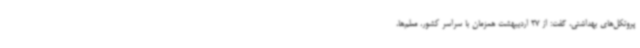
پروتکل‌های بهداشتی، گفت: از 27 اردیبهشت همزمان با سراسر کشور، معلم‌ها،